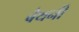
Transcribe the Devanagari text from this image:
बैथनी